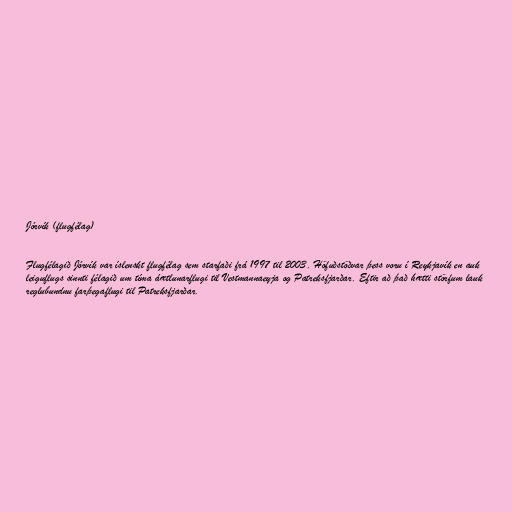
Jórvík (flugfélag)

Flugfélagið Jórvík var íslenskt flugfélag sem starfaði frá 1997 til 2003. Höfuðstöðvar þess voru í Reykjavík en auk
leiguflugs sinnti félagið um tíma áætlunarflugi til Vestmannaeyja og Patreksfjarðar. Eftir að það hætti störfum lauk
reglubundnu farþegaflugi til Patreksfjarðar.